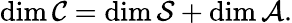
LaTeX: \mathrm{dim}\, {\cal C}=\mathrm{dim}\, {\cal S}+\mathrm{dim}\, {\cal A}.